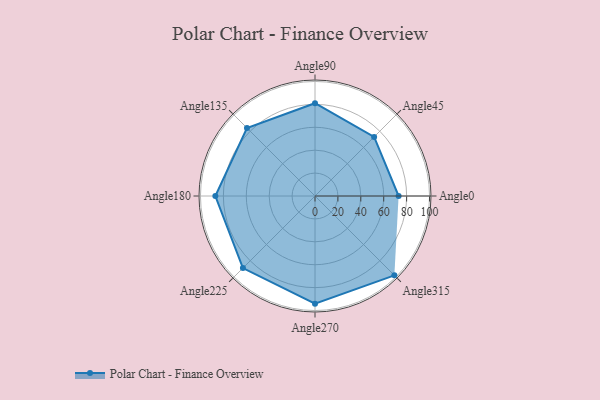
{"axis": {"x": "Angle", "y": "Radius"}, "legend": [""], "data": [{"x": "Angle0", "y": 73.0, "type": ""}, {"x": "Angle45", "y": 73.0, "type": ""}, {"x": "Angle90", "y": 81.0, "type": ""}, {"x": "Angle135", "y": 84.0, "type": ""}, {"x": "Angle180", "y": 87.0, "type": ""}, {"x": "Angle225", "y": 89.0, "type": ""}, {"x": "Angle270", "y": 94.0, "type": ""}, {"x": "Angle315", "y": 98.0, "type": ""}]}